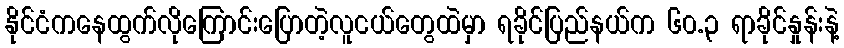
နိုင်ငံကနေထွက်လိုကြောင်းပြောတဲ့လူငယ်တွေထဲမှာ ရခိုင်ပြည်နယ်က ၆၀.၃ ရာခိုင်နှုန်းနဲ့